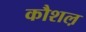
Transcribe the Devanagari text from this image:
कौशल़